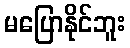
မပြောနိုင်ဘူး